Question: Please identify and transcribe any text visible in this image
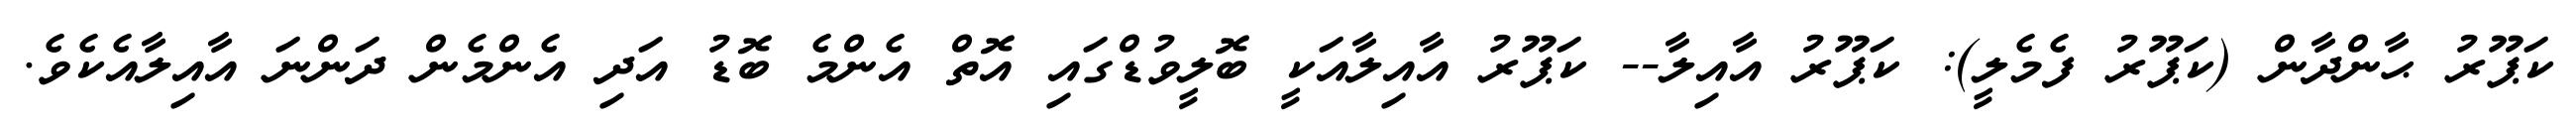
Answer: ކަޕޫރު ޙާންދާން (ކަޕޫރު ފެމެލީ): ކަޕޫރު އާއިލާ-- ކަޕޫރު އާއިލާއަކީ ބޮލީވުޑްގައި އޮތް އެންމެ ބޮޑު އަދި އެންމެން ދަންނަ އާއިލާއެކެވެ.